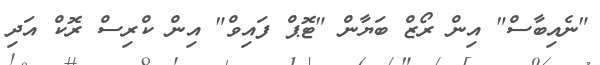
"ނެއިބާސް" އިން ރޯޒް ބަޔާން "ޓޮޕް ފައިވް" އިން ކްރިސް ރޮކް އަދި